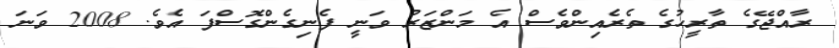
ރާއްޖޭގެ ތާރީހުގެ ތެރެއިންވެސް އެ މަންޒަރު ވަނީ ފެނިގެންގޮސްފަ އެވެ. 2008 ވަނަ